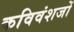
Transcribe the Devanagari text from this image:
कविवंशजों